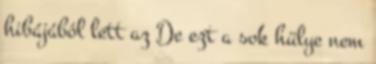
hibájából lett az De ezt a sok hülye nem